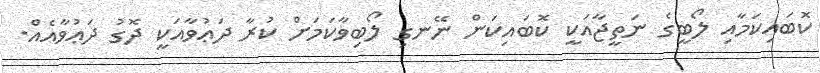
ކޮބައިކަމާއި ލޯބީގެ ނަތީޖާއަކީ ކޮބައިކަން ނޭނގި ލޯބިވާކަމަށް ކުރާ ދަޢުވާއަކީ ދޮގު ދަޢުވާއެއް.